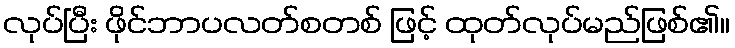
လုပ်ပြီး ဖိုင်ဘာပလတ်စတစ် ဖြင့် ထုတ်လုပ်မည်ဖြစ်၏။